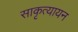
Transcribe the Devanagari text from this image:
साकृत्यायन